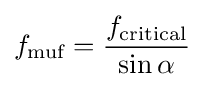
f_{\text{muf}}={\frac {f_{\text{critical}}}{\sin \alpha }}